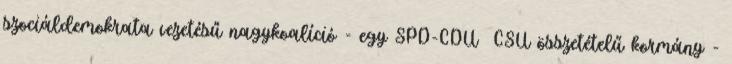
szociáldemokrata vezetésű nagykoalíció - egy SPD-CDU CSU összetételű kormány -